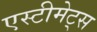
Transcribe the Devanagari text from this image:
एस्टीमेट्स